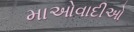
માઓવાદીઓ